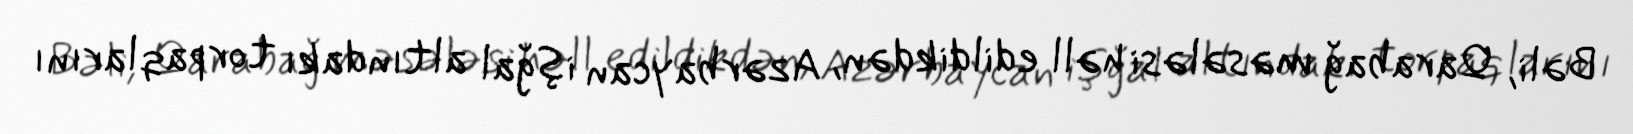
Bəli, Qarabağ məsələsi həll edildikdən, Azərbaycan işğal altındakı torpaqlarını